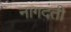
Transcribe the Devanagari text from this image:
नागदंती